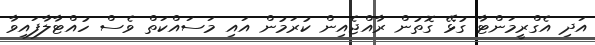
އަދި އެގްރީމަންޓާ ގުޅޭ ގޮތުން ރާއްޖެއިން ކުރަމުން އައި މަސައްކަތް ވެސް ހުއްޓާލާފައިވާ